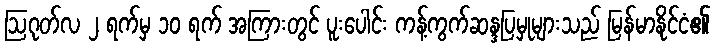
ဩဂုတ်လ ၂ ရက်မှ ၁၀ ရက် အကြားတွင် ပူးပေါင်း ကန့်ကွက်ဆန္ဒပြမှုများသည် မြန်မာနိုင်ငံ၏